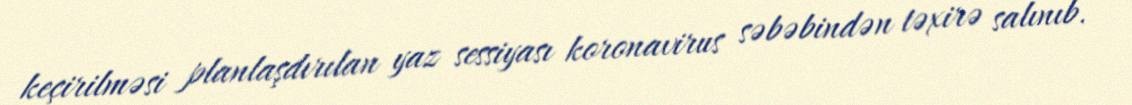
keçirilməsi planlaşdırılan yaz sessiyası koronavirus səbəbindən təxirə salınıb.